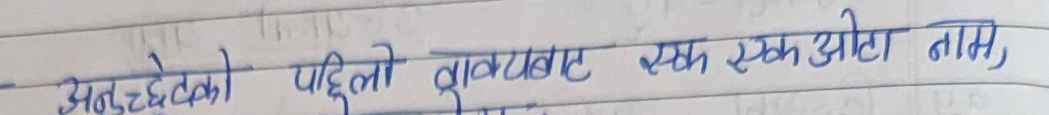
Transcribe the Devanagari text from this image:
अछुटेको पहिलो वाक्यबाट एक एउटा नाम,